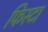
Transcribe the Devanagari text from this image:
फिस्टा